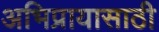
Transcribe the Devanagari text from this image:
अभिप्रायासाठी